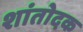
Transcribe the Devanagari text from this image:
शांतोदक